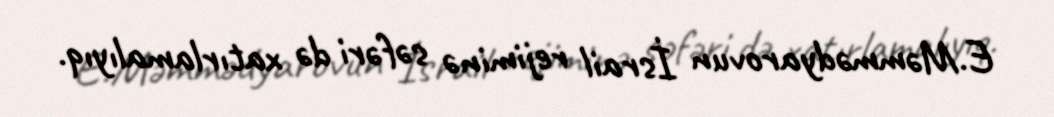
E.Məmmədyarovun İsrail rejiminə səfəri də xatırlamalıyıq.